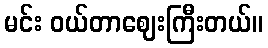
မင်း ဝယ်တာဈေးကြီးတယ်။